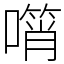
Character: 𠿫